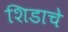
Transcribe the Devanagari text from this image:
शिडाचे